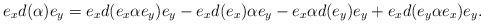
LaTeX: \begin{align*} e_xd(\alpha)e_y=e_xd(e_x\alpha e_y)e_y-e_xd(e_x)\alpha e_y-e_x\alpha d(e_y)e_y+e_xd(e_y\alpha e_x)e_y. \end{align*}